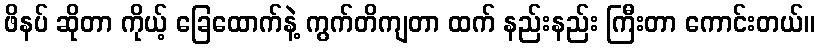
ဖိနပ် ဆိုတာ ကိုယ့် ခြေထောက်နဲ့ ကွက်တိကျတာ ထက် နည်းနည်း ကြီးတာ ကောင်းတယ်။